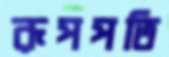
রূপপতি